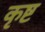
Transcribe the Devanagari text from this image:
कृष्ट